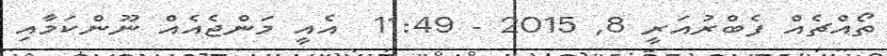
ތޯއްޗެއް ފެބްރުއަރީ 8